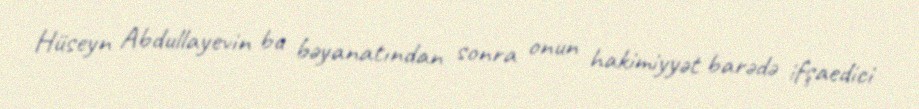
Hüseyn Abdullayevin bu bəyanatından sonra onun hakimiyyət barədə ifşaedici